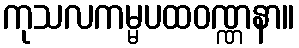
ကုသလကမ္မပထဝဏ္ဏနာ။